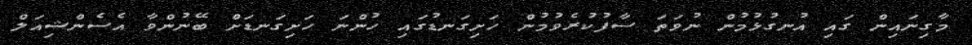
މާގިނައިން ގައި އުނގުޅުމުން ނުވަތަ ސާފުކުރެވުމުން ހަށިގަނޑުގައި ހުންނަ ހަށިގަނޑަށް ބޭނުންވާ އެސެންޝިއަލް